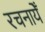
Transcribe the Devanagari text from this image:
रचनायेँ